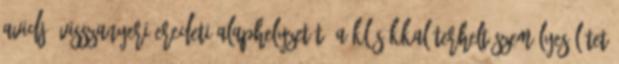
avidjá visszanyeri eredeti alaphelyzetét. A klésákkal terhelt személyes létet